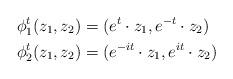
LaTeX: \begin{align*}\phi_1^t (z_1,z_2) &= (e^t \cdot z_1, e^{-t} \cdot z_2)\\\phi_2^t (z_1,z_2) &= (e^{-it} \cdot z_1, e^{it} \cdot z_2)\end{align*}